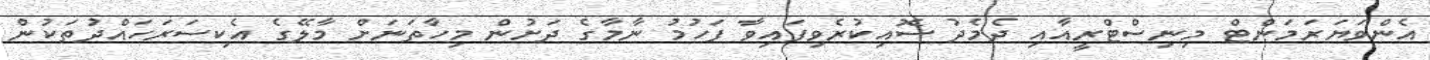
އެންވަޔަރަމަންޓް މިނިސްޓްރީއާއި ދެމެދު ސޮއިކުރެވިފައިވާ ފަހުމު ނާމާގެ ދަށުން މިހާތަނަށް މާލޭގެ އެކިސަރަހައްދުތަކުން